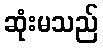
ဆုံးမသည်